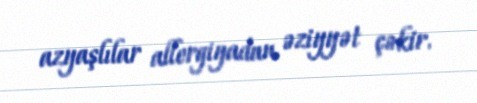
azyaşlılar allergiyadan əziyyət çəkir.